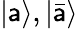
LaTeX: {\left|{\mathsf{a}}\right\rangle},{\left|{\bar{{\mathsf{a}}}}\right\rangle}